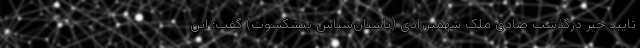
تایید خبر درگذشت صادق ملک شهمیرزادی (باستان‌شناس پیشکسوت) گفت: این